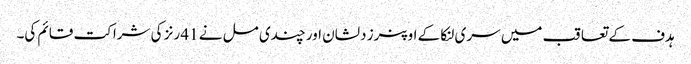
ہدف کے تعاقب میں سری لنکا کے اوپنرز دلشان اور چندی مل نے 41 رنز کی شراکت قائم کی۔